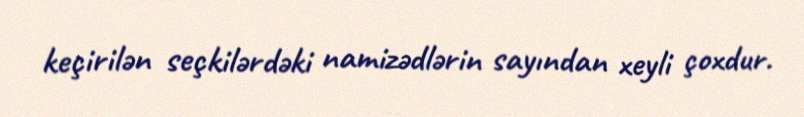
keçirilən seçkilərdəki namizədlərin sayından xeyli çoxdur.